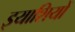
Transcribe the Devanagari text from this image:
इयाशियों